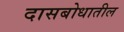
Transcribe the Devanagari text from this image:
दासबोधातील